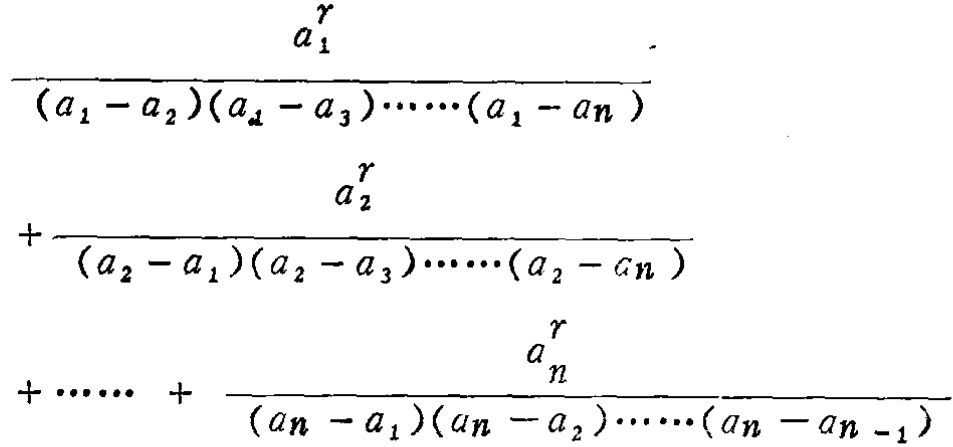
\frac{a_{1}^{r}}{(a_{1} - a_{2})(a_{1} - a_{3})\cdots(a_{1} - a_{n})}

+\frac{a_{2}^{r}}{(a_{2} - a_{1})(a_{2} - a_{3})\cdots(a_{2} - a_{n})}

+\cdots + \frac{a_{n}^{r}}{(a_{n} - a_{1})(a_{n} - a_{2})\cdots(a_{n} - a_{n - 1})}